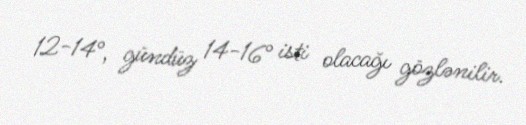
12-14°, gündüz 14-16° isti olacağı gözlənilir.